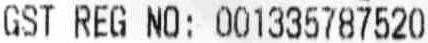
GST REG NO: 001335787520